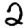
Digit: 2